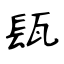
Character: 瓺